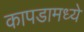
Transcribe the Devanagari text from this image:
कापडामध्ये